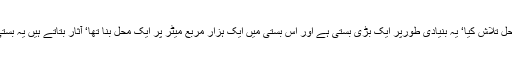
2007ء میں اس شہر میں ماہرین آثار قدیمہ نے ایک محل تلاش کیا‘ یہ بنیادی طورپر ایک بڑی بستی ہے اور اس بستی میں ایک ہزار مربع میٹر پر ایک محل بنا تھا‘ آثار بتاتے ہیں یہ بستی 1020 ق م میں آباد ہوئی اور 980ق م میں اجڑ گئی۔